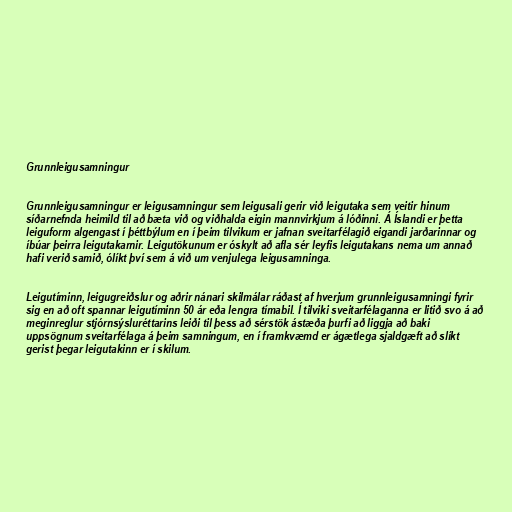
Grunnleigusamningur

Grunnleigusamningur er leigusamningur sem leigusali gerir við leigutaka sem veitir hinum
síðarnefnda heimild til að bæta við og viðhalda eigin mannvirkjum á lóðinni. Á Íslandi er þetta
leiguform algengast í þéttbýlum en í þeim tilvikum er jafnan sveitarfélagið eigandi jarðarinnar og
íbúar þeirra leigutakarnir. Leigutökunum er óskylt að afla sér leyfis leigutakans nema um annað
hafi verið samið, ólíkt því sem á við um venjulega leigusamninga.

Leigutíminn, leigugreiðslur og aðrir nánari skilmálar ráðast af hverjum grunnleigusamningi fyrir
sig en að oft spannar leigutíminn 50 ár eða lengra tímabil. Í tilviki sveitarfélaganna er litið svo á að
meginreglur stjórnsýsluréttarins leiði til þess að sérstök ástæða þurfi að liggja að baki
uppsögnum sveitarfélaga á þeim samningum, en í framkvæmd er ágætlega sjaldgæft að slíkt
gerist þegar leigutakinn er í skilum.